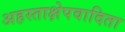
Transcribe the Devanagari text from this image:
अहस्ताक्षेपवादिता